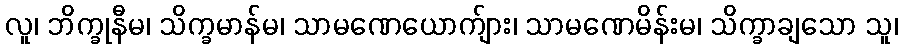
လူ၊ ဘိက္ခုနီမ၊ သိက္ခမာန်မ၊ သာမဏေယောက်ျား၊ သာမဏေမိန်းမ၊ သိက္ခာချသော သူ၊